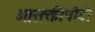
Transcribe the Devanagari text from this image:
आसक्तीपोटी